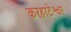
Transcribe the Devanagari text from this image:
करहाटेश्वर